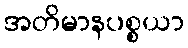
အတိမာနပစ္စယာ